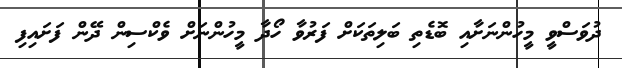
ދުވަސްވީ މީހުންނަށާއި ބޮޑެތި ބަލިތަކަށް ފަރުވާ ހޯދާ މީހުންނަށް ވެކްސިން ދޭން ފަށައިފި